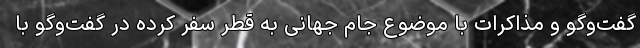
گفت‌وگو و مذاکرات با موضوع جام جهانی به قطر سفر کرده در گفت‌وگو با